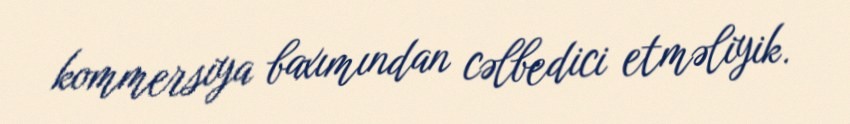
kommersiya baxımından cəlbedici etməliyik.